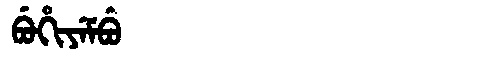
Manchu: ᠪᡠᡥᡳᠶᡝᠮᠪᡠ
Romanization: BUHIYEMBU